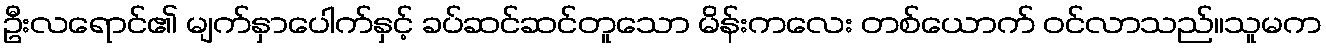
ဦးလရောင်၏ မျက်နှာပေါက်နှင့် ခပ်ဆင်ဆင်တူသော မိန်းကလေး တစ်ယောက် ဝင်လာသည်။သူမက